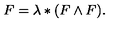
F = \lambda * ( F \wedge F ) .